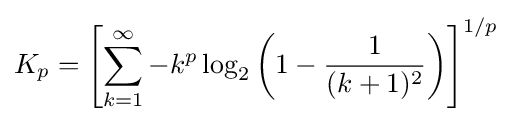
K_{p}=\left[\sum _{k=1}^{\infty }-k^{p}\log _{2}\left(1-{\frac {1}{(k+1)^{2}}}\right)\right]^{1/p}